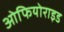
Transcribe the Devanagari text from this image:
ओफियोराइड